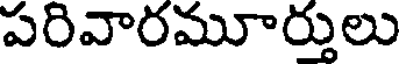
పరివారమూర్తులు